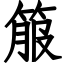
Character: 箙